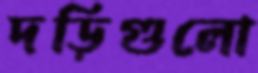
দড়িগুলো